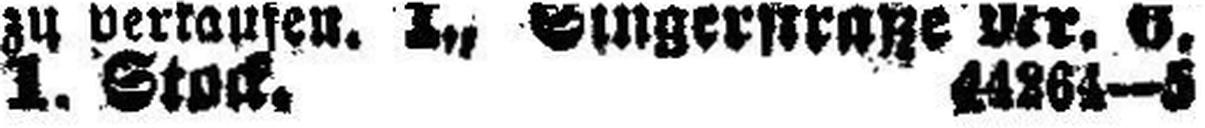
1. Stock. 44264—5